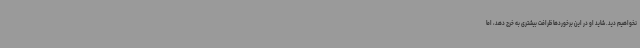
نخواهیم دید. شاید او در این برخوردها ظرافت بیشتری به خرج دهد، اما